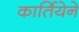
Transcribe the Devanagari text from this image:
कार्तियेने